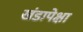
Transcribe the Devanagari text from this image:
खंडापेक्षा